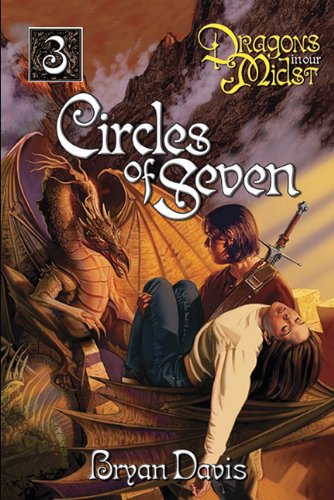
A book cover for Circles of Seven (Dragons in Our Midst, Book 3); Bryan Davis; Teen & Young Adult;